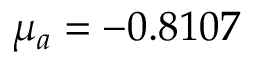
\mu _ { a } = - 0 . 8 1 0 7